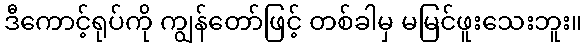
ဒီကောင့်ရုပ်ကို ကျွန်တော်ဖြင့် တစ်ခါမှ မမြင်ဖူးသေးဘူး။